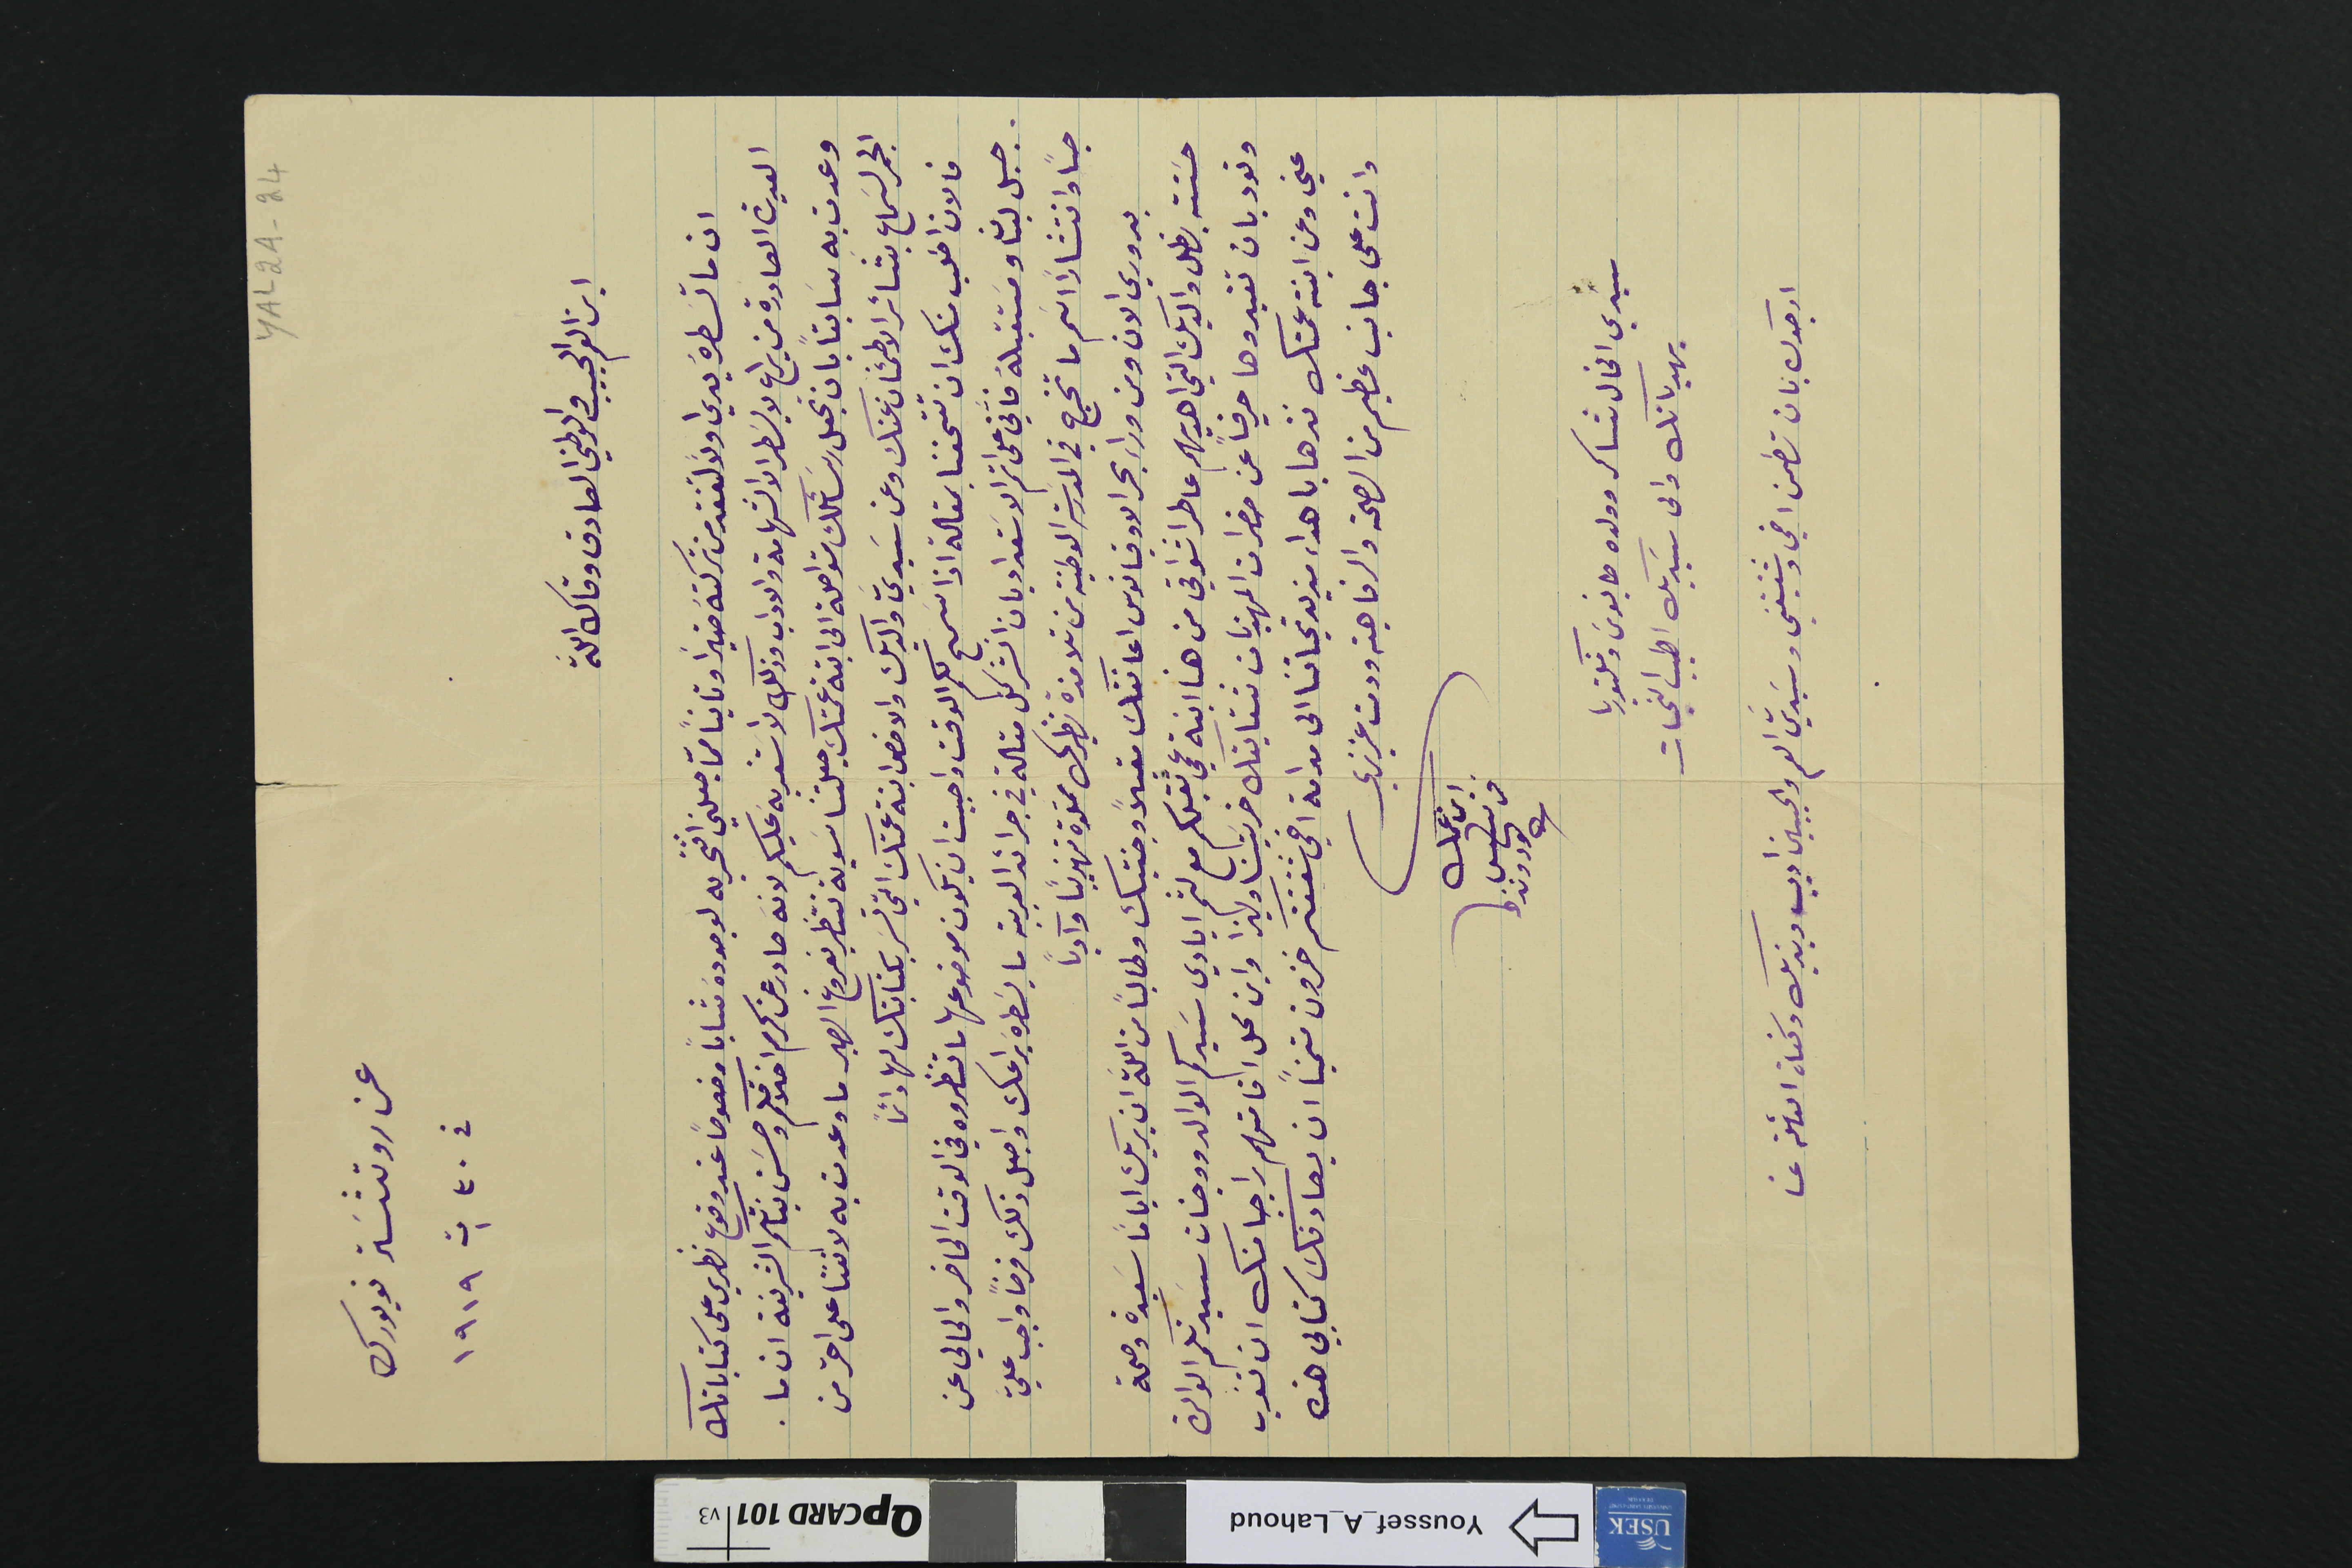
YAL2A-24
ابن العم الحبيب والوطني الصادق وقاك الله
عن روتشسَتر نويورك
فى ٣٠ ت١ ١٩١٩
ان ما تسطرهُ يداي اولاً لتفقد من تركتهُ ضيرًا وتانياً ممّا جعلني افتخر به لوجودهُ شابًا وخصوصًا عند وقوع نظري على كتاباتك
العديدة الصادرة من يراع لا يسَطر الا الشهامة والاداب وذلك لاَشعر بهَ عليكم لانهَ صادر عن كرم اخلاقكم وحسَن نياتكم الشريفة ان ما.
وعدت به سابقَا بان تجعل رسَائلك متواصلة الى ابنة عمتك. جعلتنا سَوية ننتظر بفروغ الصبر ما وعدت به لاننا على احّر من
الجمر لسَماع بشائر الاطمئنان عنك وعن سَيديَّ والديك والاخص ابنة عمتك التي تسَر بكتابتك لها دائمًا
فالان اطلب منك ان تتحفنا بمقالة اذا سَمح لكم الوقت واحببت ان يكون موضوعها ما تنظروه في الوقت الحاضر والحالي عن
جبل لبنان ومسَتقبله فاَّني على اتم الاسَتعداد بان انشر كل مقالة في جرائد العربية ما يسَطرهَ يراعك واجعل ذلك فرضاً واجب عليّ
حباً وانتشارًا اسم ما تخرج في المدرسَة الوطنية من تلامذة نظيرك مملَوة تهذيبًا وآدبًا
بدوري الان ومن وراء بحر الاوقيانوس اعانقك مقبلاً وجنتيك وطالبًا من الله ان يريك ايامًا سَعيدة وصحة
حسَنة بظل والديك التي اهديهم عاطر اشواقي من هنا ابنة عمي تقبلكم مع لثم ايادي سَيدكم الوالد ووجنات سَيدتكم الوالدة
وتود بان تفيدوها حرفياً عن حضرات المهذبات شقايقك خريستنا وليزا واين محل اقامتهم راجيا منك ان تعرب
عني وعن ابنة عمتك نزها باهداء مزيد تحياتنا الى مدامة اخي شقيقتكم خزون متمنيًا ان يصادفك كتابي هذه
وانت على جانب عظيم من الصحة والرفاهية ودمت عزيزي
ابن عمك
فرنسيس لحود ونزها
سَيدي الخال شاكر وولده طانيوسَ وفكتوريا
يهديانك والى سَيديك اطيب التحيات
ارجوك بان تطمن اخي وشقيقتي وسَيديَّ العم والحبيبين اديب ويزبك وكفاة العائلة عنا